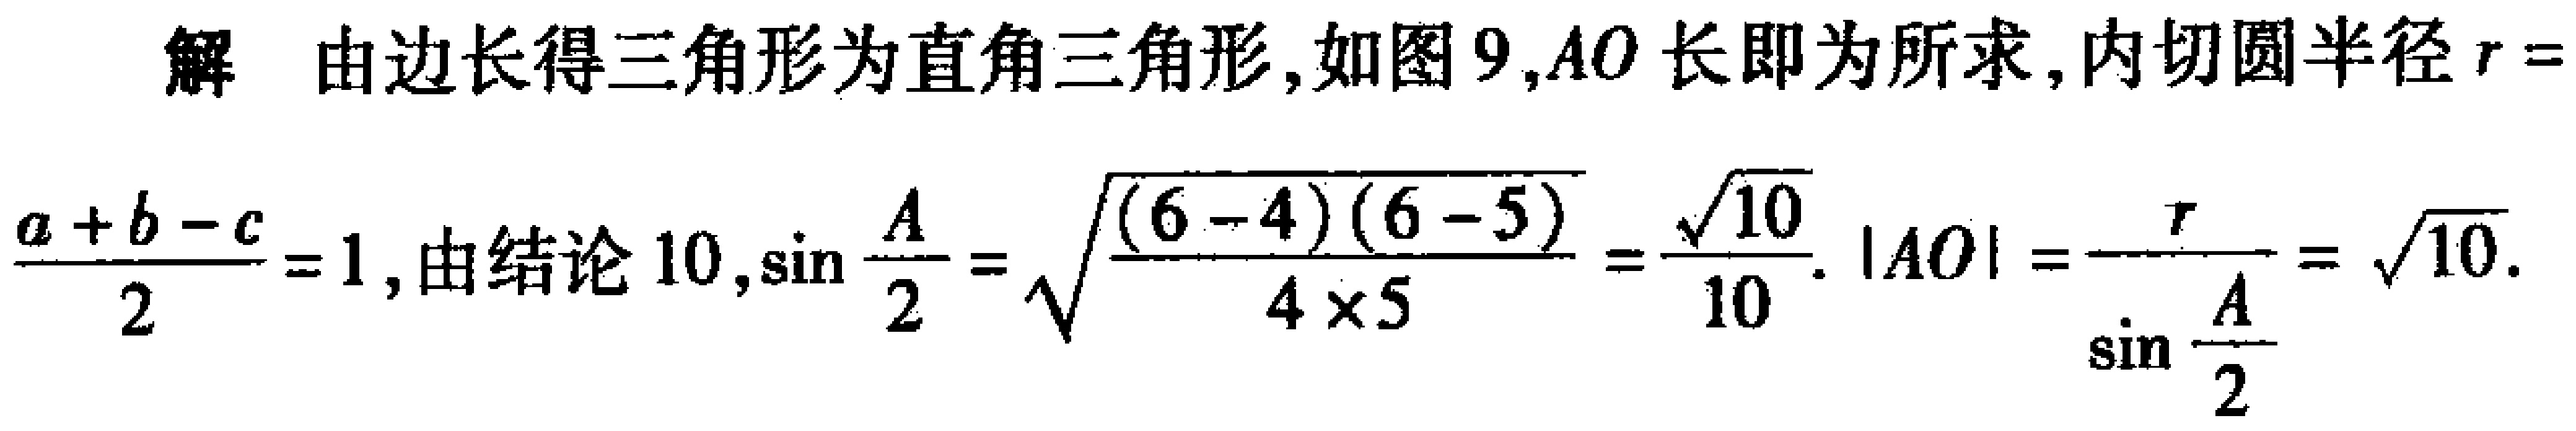
解 由边长得三角形为直角三角形, 如图 9, \(AO\) 长即为所求, 内切圆半径\(r = \frac{a + b - c}{2}=1\), 由结论 10, \(\sin\frac{A}{2}=\sqrt{\frac{(6 - 4)(6 - 5)}{4\times5}}=\frac{\sqrt{10}}{10}\). \(|AO|=\frac{r}{\sin\frac{A}{2}}=\sqrt{10}\).